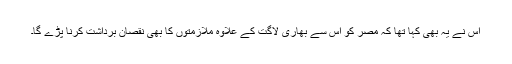
اس نے یہ بھی کہا تھا کہ مصر کو اس سے بھاری لاگت کے علاوہ ملازمتوں کا بھی نقصان برداشت کرنا پڑے گا۔